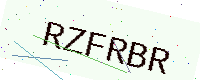
Text: RZFRBR